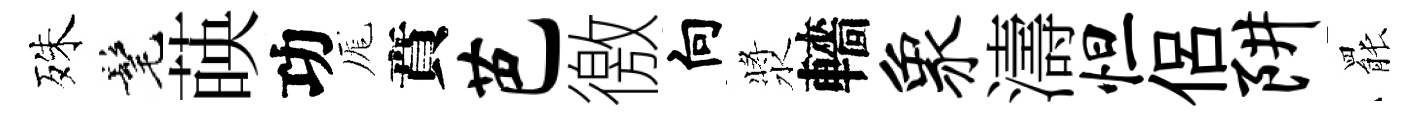
殊髦𦴤功厖賁芭徼向漿轖象濤怛侶阱罷